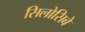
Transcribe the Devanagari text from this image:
सिलोसिबे